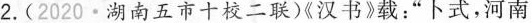
2. (2020 · 湖南五市十校二联)《汉书》载：“卜式，河南